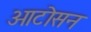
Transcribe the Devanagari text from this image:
ओटोसन